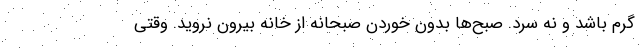
گرم باشد و نه سرد. صبح‌ها بدون خوردن صبحانه از خانه بیرون نروید. وقتی